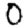
Digit: 0